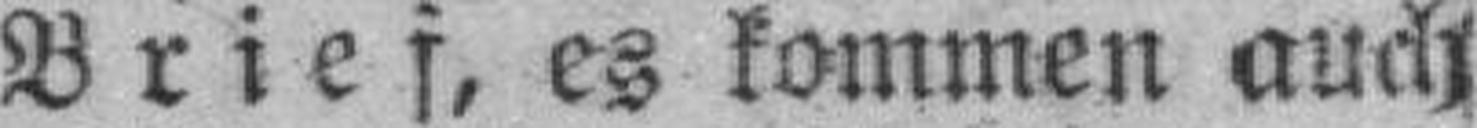
Brief, es kommen auch